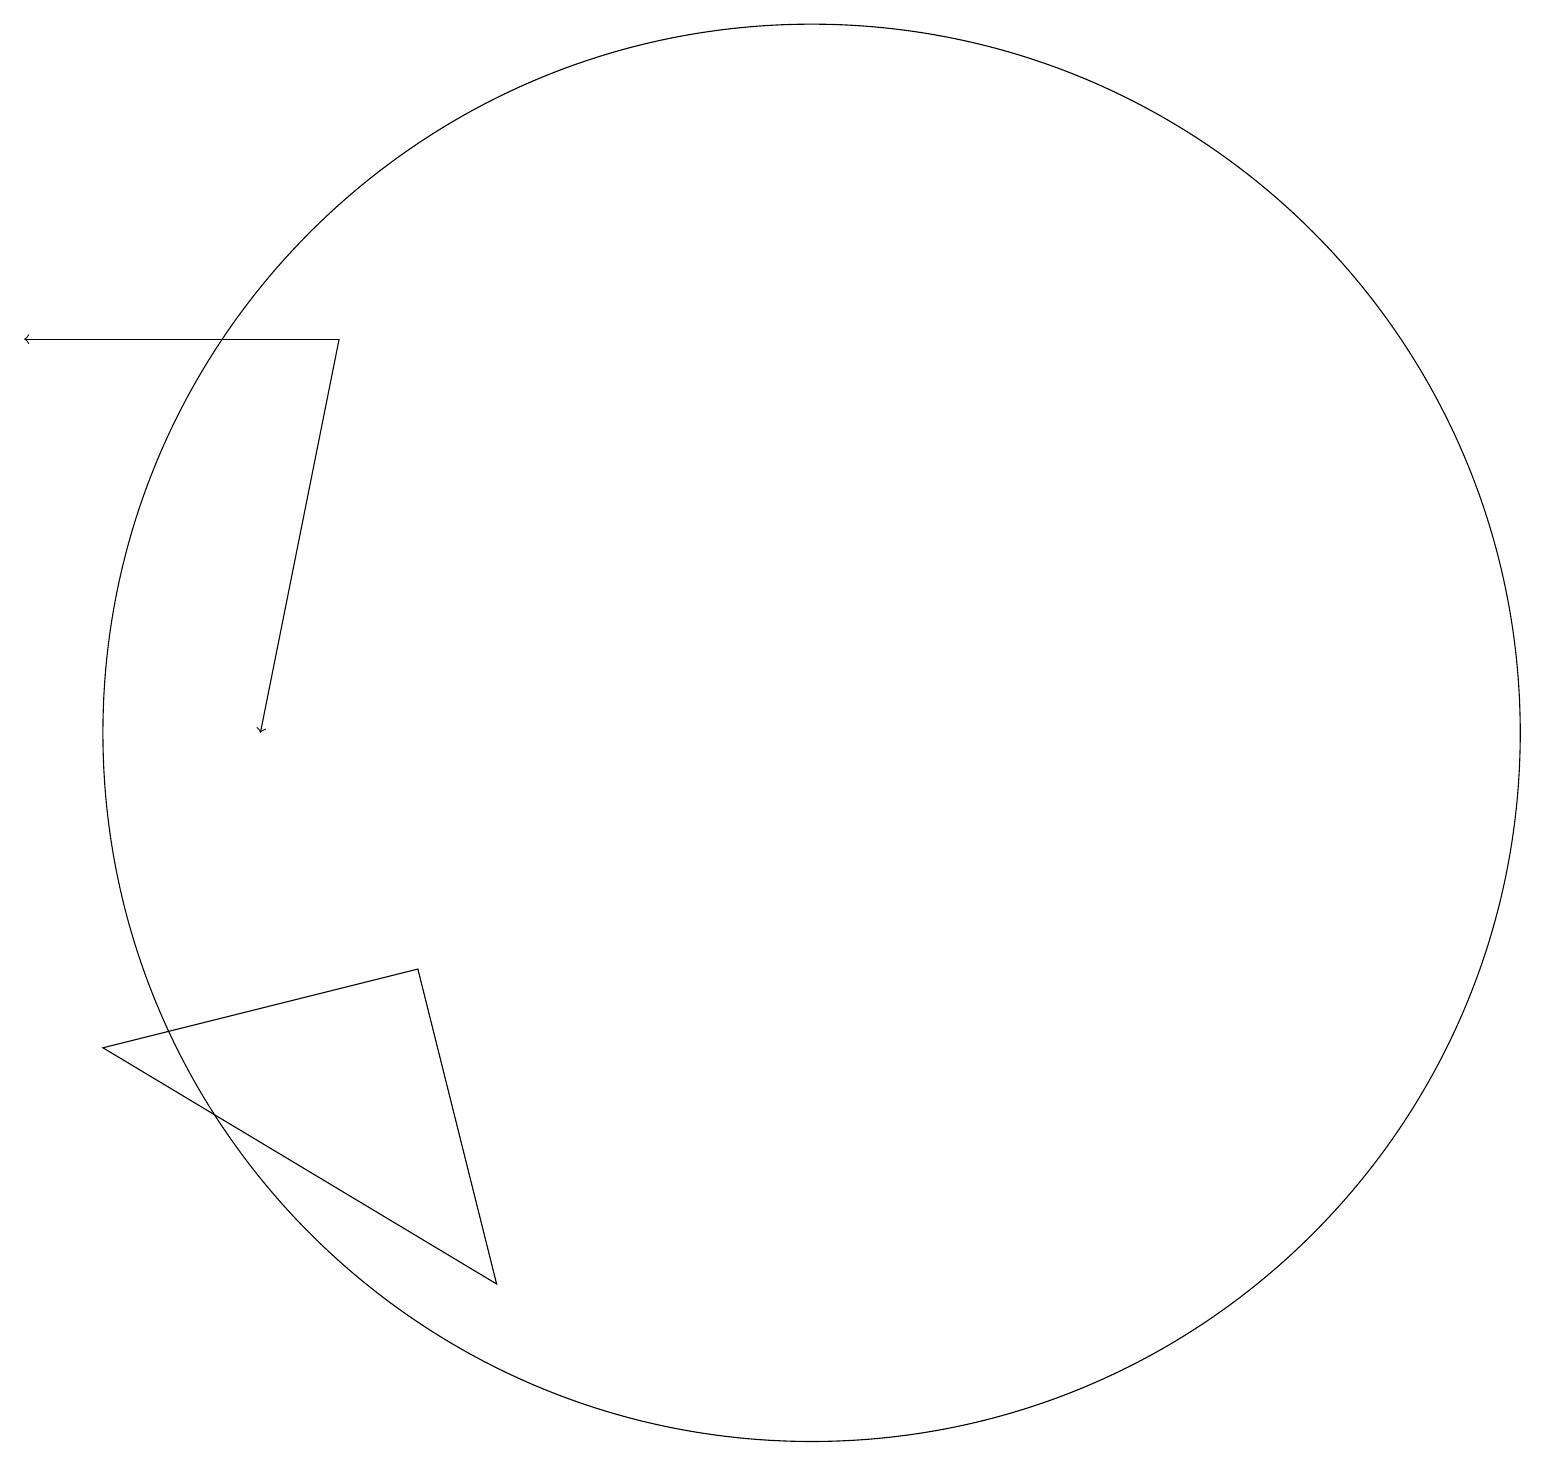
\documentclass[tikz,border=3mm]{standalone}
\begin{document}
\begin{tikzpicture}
\draw[->] (4,16) -- (3,11);
\draw (6,4) -- (5,8) -- (1,7) -- cycle;
\draw (10,11) circle (9);
\draw[->] (4,16) -- (0,16);
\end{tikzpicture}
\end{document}